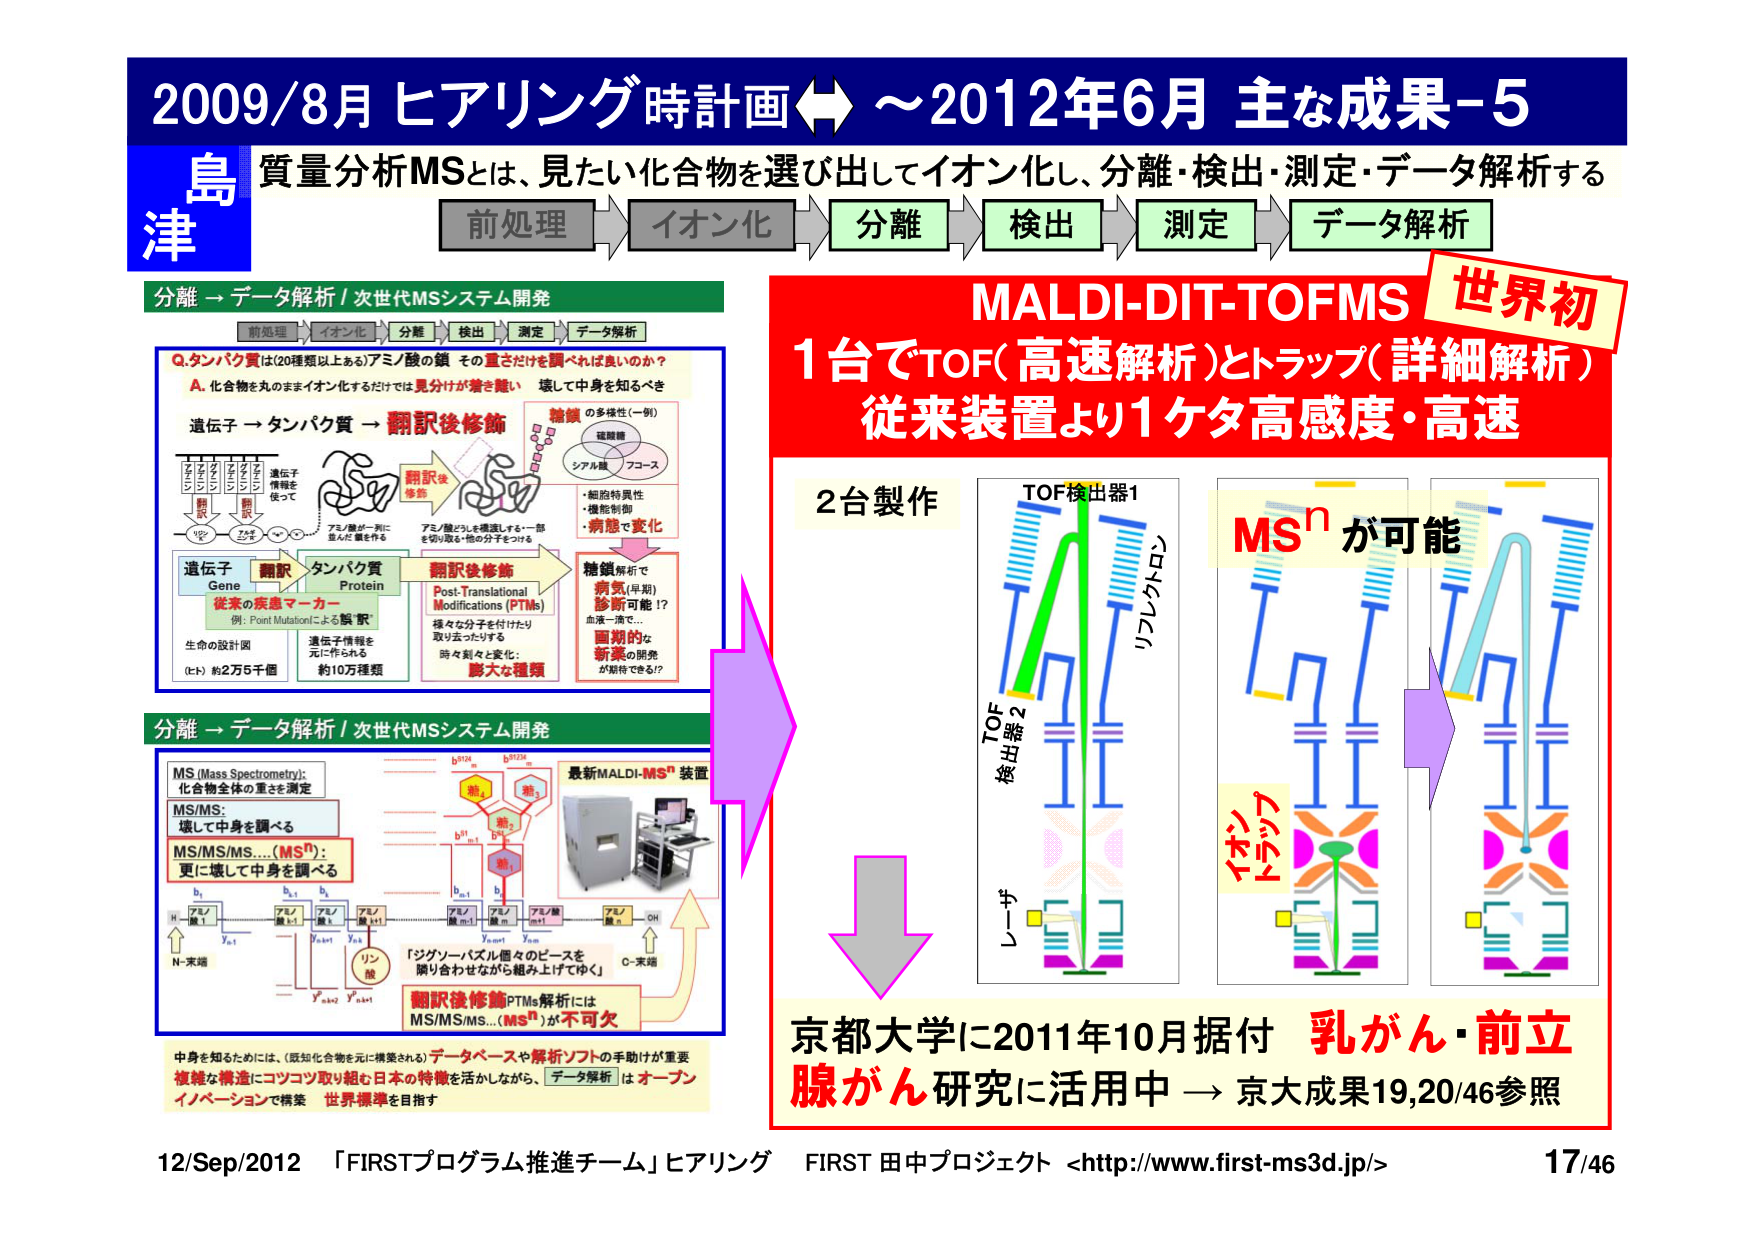
2009/8月 ヒアリング時計画 ⇄ ～2012年6月 主な成果-5
島津
質量分析MSとは、見たい化合物を選び出してイオン化し、分離・検出・測定・データ解析する
前処理 → イオン化 → 分離 → 検出 → 測定 → データ解析

分離 → データ解析 / 次世代MSシステム開発
前処理 → イオン化 → 分離 → 検出 → 測定 → データ解析

Q.タンパク質は(20種類以上ある)アミノ酸の鎖 その重さだけを調べれば良いのか？
A. 化合物を丸のままイオン化するだけでは見分けが難しい 壊して中身を知るべき

遺伝子 → タンパク質 → 翻訳後修飾
遺伝子 Gene → 翻訳 → タンパク質 Protein → 翻訳後修飾
従来の疾患マーカー
例: Point Mutationによる誤“訳”
生命の設計図 (ヒト) 約2万5千個
遺伝子情報を元に作られる 約10万種類

翻訳後修飾
Post-Translational Modifications (PTMs)
様々な分子を付けたり取り去ったりする
時々刻々と変化: 膨大な種類

糖鎖の多様性(一例)
糖鎖解析で
病気(早期)
診断可能!?
血液一滴で…
画期的な
新薬の開発
が期待できる!?
・細胞特異性
・機能制御
・病態で変化

分離 → データ解析 / 次世代MSシステム開発

MS (Mass Spectrometry): 化合物全体の重さを測定
MS/MS: 壊して中身を調べる
MS/MS/MS...(MSⁿ): 更に壊して中身を調べる

最新MALDI-MSⁿ装置

b₁ b₂ b₃ b₄ b₅ b₆ b₇ b₈ b₉ b₁₀ b₁₁ b₁₂ b₁₃ b₁₄ b₁₅ b₁₆ b₁₇ b₁₈ b₁₉ b₂₀
y₁ y₂ y₃ y₄ y₅ y₆ y₇ y₈ y₉ y₁₀ y₁₁ y₁₂ y₁₃ y₁₄ y₁₅ y₁₆ y₁₇ y₁₈ y₁₉ y₂₀

N-末端
H-
アミノ酸1
アミノ酸2
アミノ酸3
アミノ酸4
アミノ酸5
アミノ酸6
アミノ酸7
アミノ酸8
アミノ酸9
アミノ酸10
アミノ酸11
アミノ酸12
アミノ酸13
アミノ酸14
アミノ酸15
アミノ酸16
アミノ酸17
アミノ酸18
アミノ酸19
アミノ酸20
C-末端
OH

「ジグソーパズル個々のピースを 隙り合わせながら組み上げてゆく」

翻訳後修飾PTMs解析には
MS/MS/MS...(MSⁿ)が不可欠

中身を知るためには、(既知化合物を元に構築される)データベースや解析ソフトの手助けが重要
複雑な構造にコツコツ取り組む日本の特徴を活かしながら、データ解析はオープンイノベーションで構築 世界標準を目指す

MALDI-DIT-TOFMS 世界初
1台でTOF(高速解析)とトラップ(詳細解析)
従来装置より1ケタ高感度・高速

2台製作
TOF検出器1
リフレクトロン
TOF検出器2
レーザー

MSⁿ が可能
イオントラップ

京都大学に2011年10月据付 乳がん・前立腺がん研究に活用中 → 京大成果19,20/46参照

12/Sep/2012 「FIRSTプログラム推進チーム」ヒアリング FIRST 田中プロジェクト <http://www.first-ms3d.jp/> 17/46